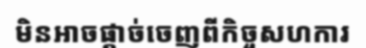
មិនអាចផ្តាច់ចេញពីកិច្ចសហការ